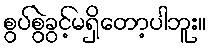
စွပ်စွဲခွင့်မရှိတော့ပါဘူး။